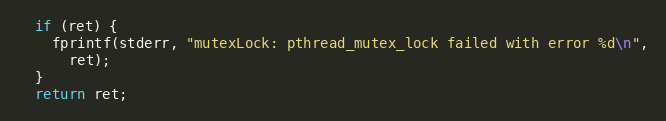
Language: C
  if (ret) {
    fprintf(stderr, "mutexLock: pthread_mutex_lock failed with error %d\n",
      ret);
  }
  return ret;